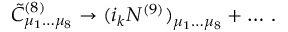
{ \tilde { C } } _ { \mu _ { 1 } \dots \mu _ { 8 } } ^ { ( 8 ) } \rightarrow ( i _ { k } N ^ { ( 9 ) } ) _ { \mu _ { 1 } \dots \mu _ { 8 } } + \dots \, .